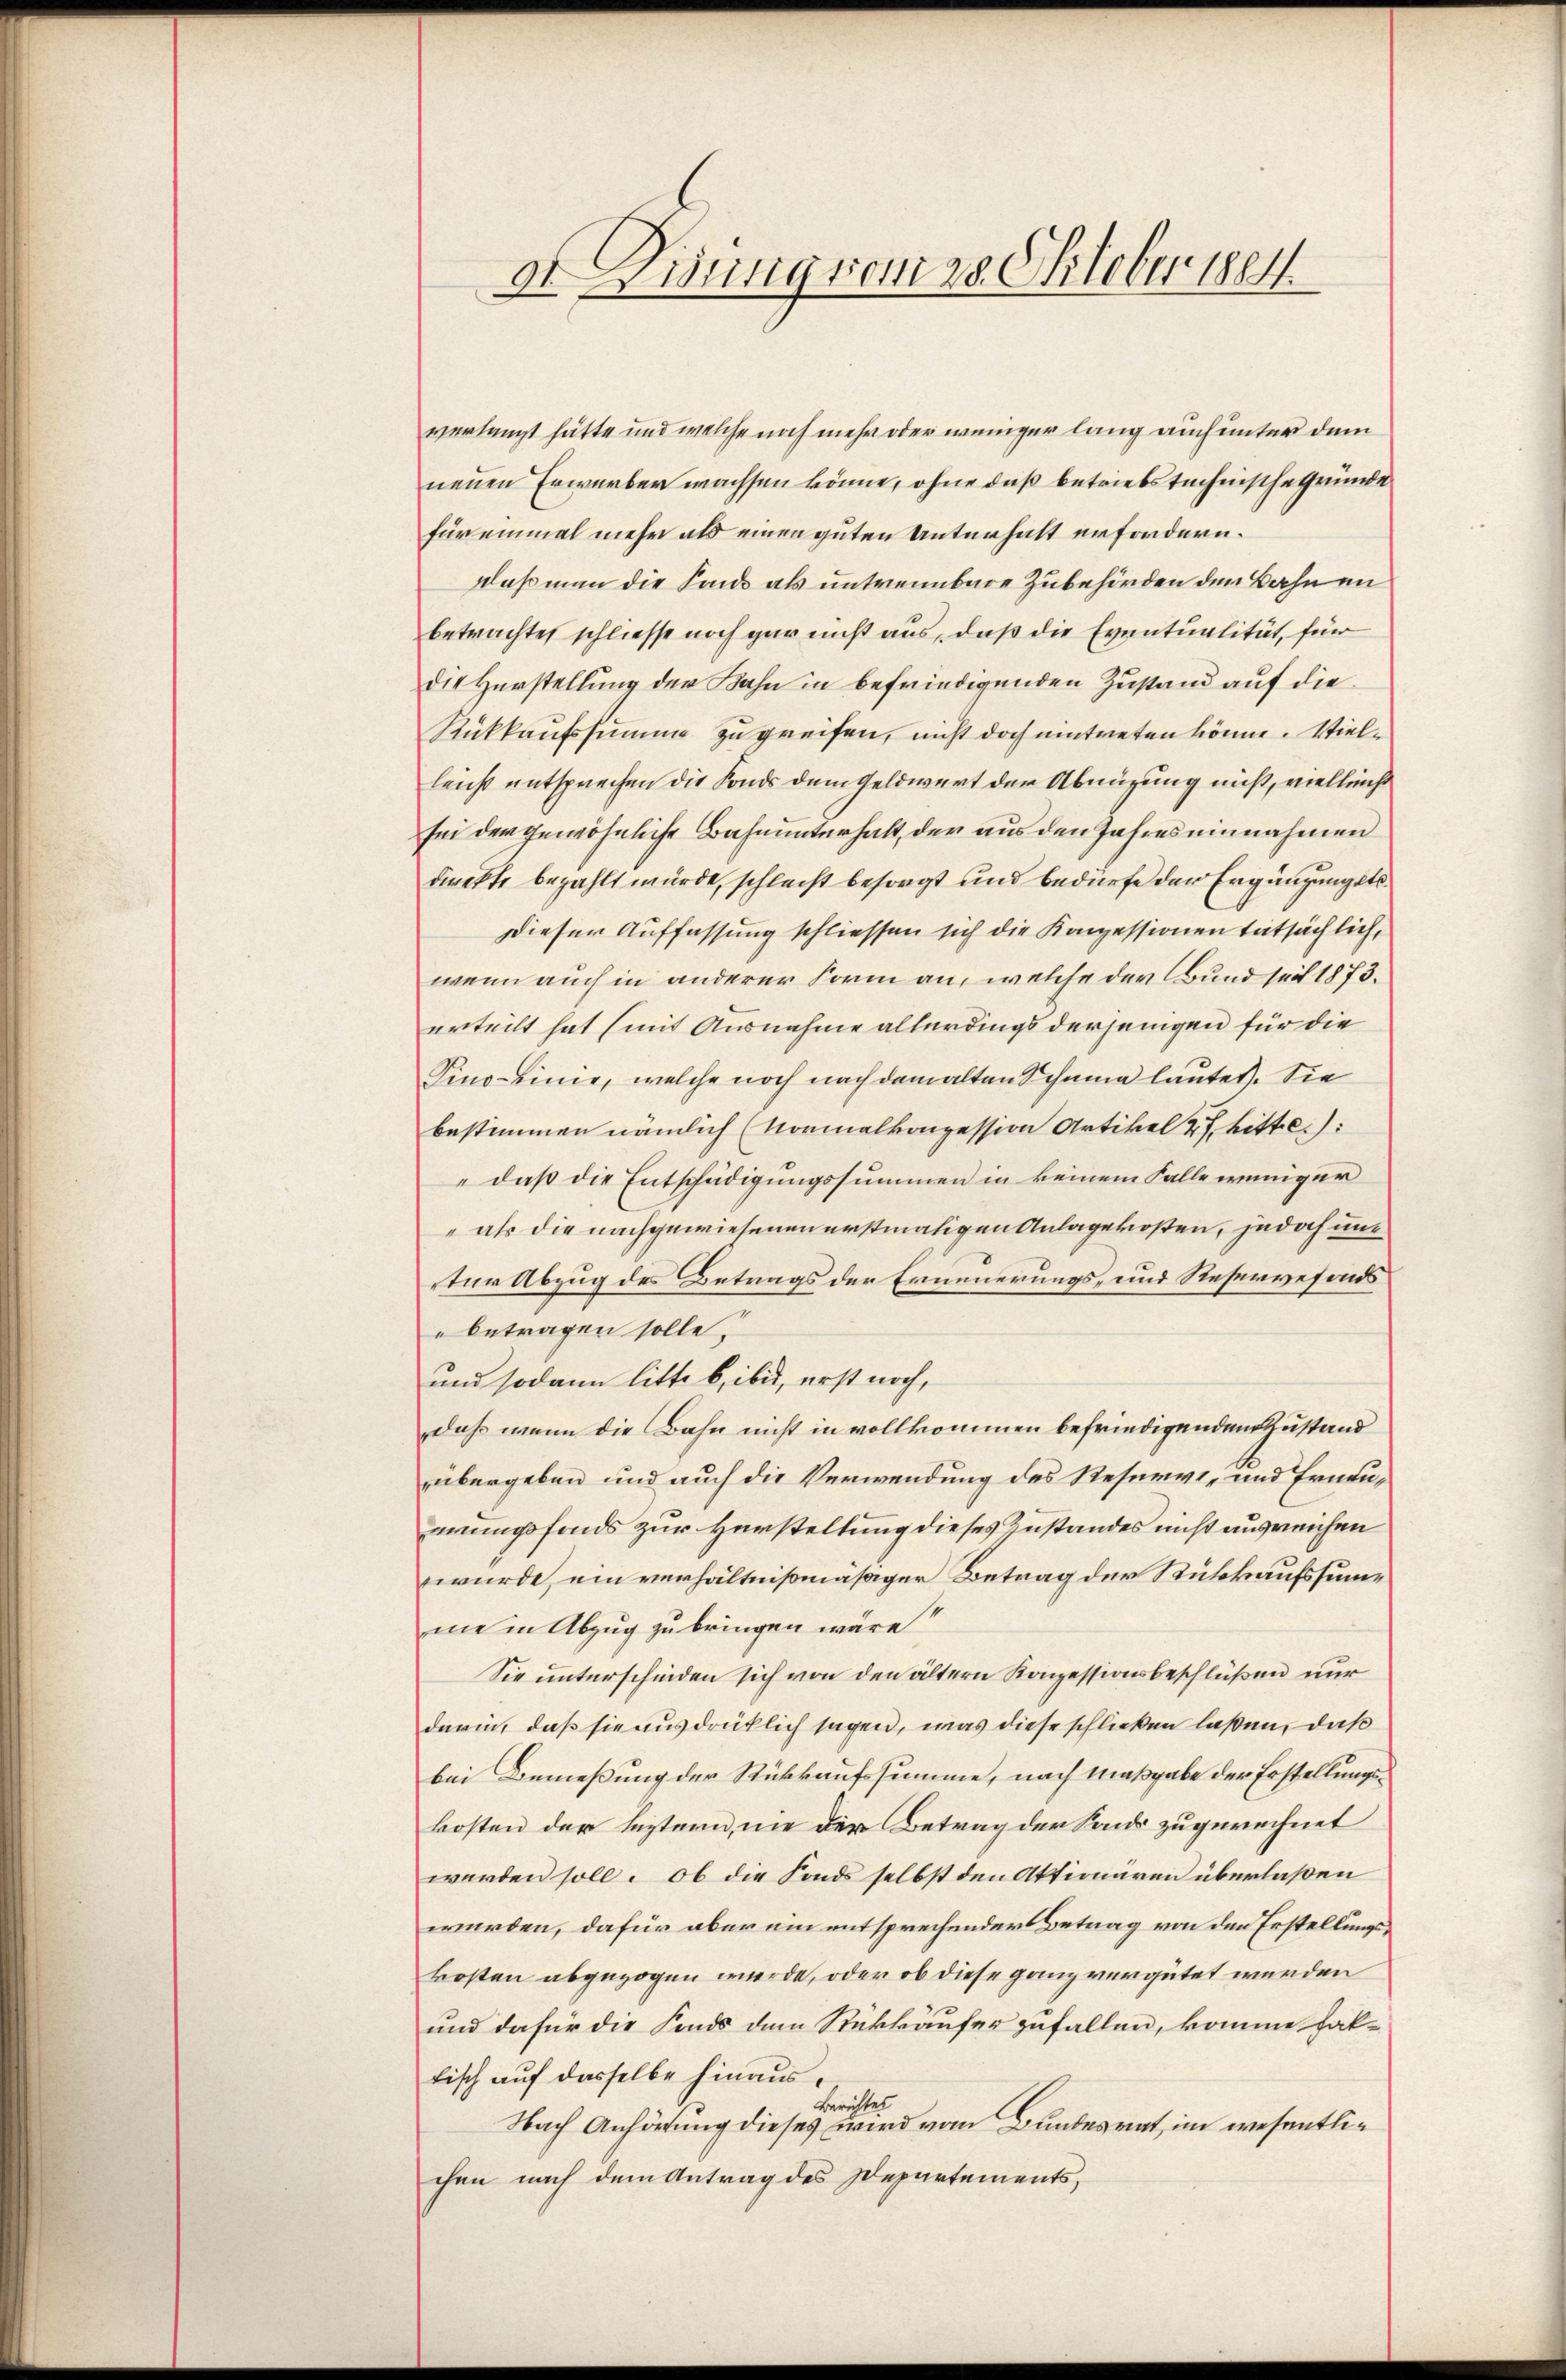
dt. Disung vom 28. Oktober 1884.

verlangt hätte und welche noch mehr oder weniger lang auch unter dem
neuen Erwerber wachsen könne, ohne daß betriebstechnische Gründe
für einmal mehr als einen guten Unterhalt erfordern.
daß man die Lands als untrennbare Zubehörden der Bahnen
betrachtet schliesse noch gar nicht aus, daß die Eventualität, für
die Herstellung der Bahn in befriedigenden Zustand auf die
Rückkaufssumme zu greifen, nicht doch eintreten könne. Vielleicht entsprechen die Fonds dem Geldwert der Abnüzung nicht, vielleicht
sei der gewöhnliche Bahnunterhalt, der aus den Jahres einnahmen
direkte bezahlt wurde, schlecht besorgt und bedürfe der Ergänzungsto¬
Dieser Auffassung schliessen sich die Konzessionen tatsächlich,
wenn auch in anderer Form an, welche der Bund seit 1873.
erteilt hat (mit Ausnahme allerdings derjenigen für die
Pino-Linie, welche noch nach dem alten Schnung lautet. Sie
bestimmen nämlich (Normalkonzession Artikel 2. bitte
daß die Entschädigungssummen in keinem Falle weniger
" als die nachgewiesenen erstmaligen Anlagekosten, jedoch unt
tur Abzug des Betrags der Erneuerungs- und Reservefonds
betragen solle?
und sodann litte b, ibid, erst noch,
daß wenn die Bahn nicht in vollkommen befriedigenden Zustand
übergeben und auch die Verwendung des Reservi- und Erneuerungsfonds zur Herstellung dieses Zustandes nicht ausreichen
wurde, ein verhältnißmäßiger Betrag der Rückkaufssummein Abzug zu bringen wäre?
Sie unterscheiden sich von den ältern Konzessionsbeschlüßen nur
darin, daß sie ausdrücklich sagen, was diese schließen laßen, daß
bei Beneßung der Rückkaufssumme, nach Maßgabe der Erstellungskosten der leztern, nie der Betrag der Sands zugerechnet
werden soll. Ob die Fonds selbst den Aktionären überlaßen
würden, dafür aber ein entsprechender Betrag von den Erstellungskosten abgezogen würde, oder ob diese ganz vergütet werden
und dafür die Fonds dem Rückkäufer zufallen, komme fal-
fisch auf dasselbe hinaus.
Berichtes
Nach Anhörung dieses wird vom Bundesrat, im wesentlichen nach dem Antrag des Departements,